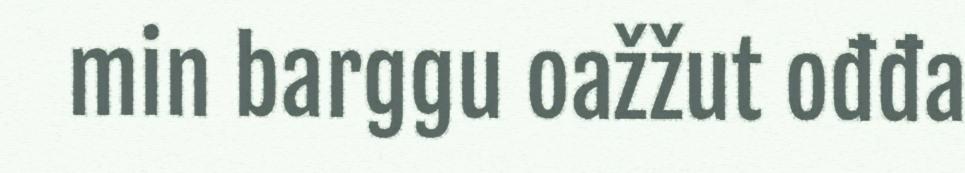
min barggu oažžut ođđa